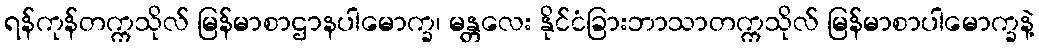
ရန်ကုန်တက္ကသိုလ် မြန်မာစာဌာနပါမောက္ခ၊ မန္တလေး နိုင်ငံခြားဘာသာတက္ကသိုလ် မြန်မာစာပါမောက္ခနဲ့